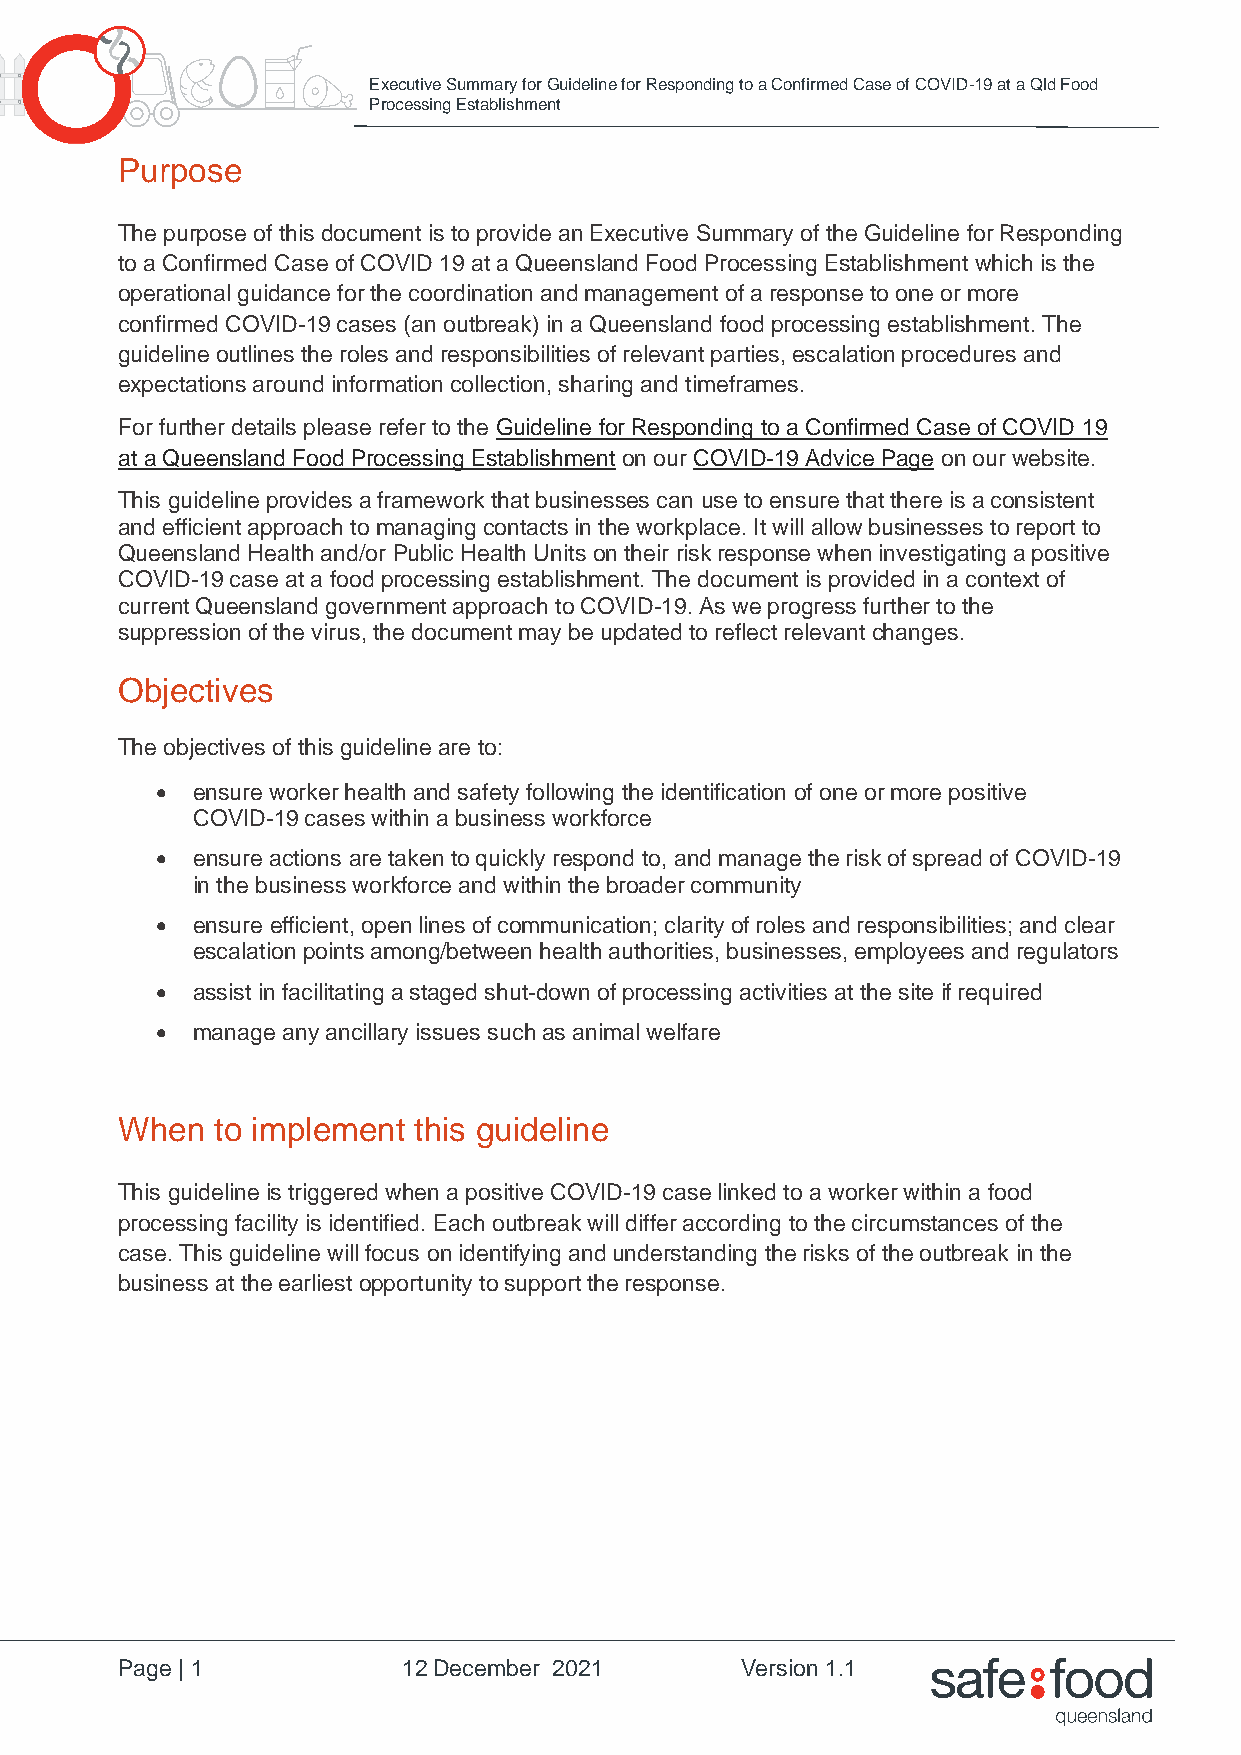
Executive Summary for Guideline for Responding to a Confirmed Case of COVID-19 at a Qld Food
 Processing Establishment
 Purpose
 The purpose of this document is to provide an Executive Summary of the Guideline for Responding
 to a Confirmed Case of COVID 19 at a Queensland Food Processing Establishment which is the
 operational guidance for the coordination and management of a response to one or more
 confirmed COVID-19 cases (an outbreak) in a Queensland food processing establishment. The
 guideline outlines the roles and responsibilities of relevant parties, escalation procedures and
 expectations around information collection, sharing and timeframes.
 For further details please refer to the Guideline for Responding to a Confirmed Case of COVID 19
 at a Queensland Food Processing Establishment on our COVID-19 Advice Page on our website.
 This guideline provides a framework that businesses can use to ensure that there is a consistent
 and efficient approach to managing contacts in the workplace. It will allow businesses to report to
 Queensland Health and/or Public Health Units on their risk response when investigating a positive
 COVID-19 case at a food processing establishment. The document is provided in a context of
 current Queensland government approach to COVID-19. As we progress further to the
 suppression of the virus, the document may be updated to reflect relevant changes.
 Objectives
 The objectives of this guideline are to:
 •  ensure worker health and safety following the identification of one or more positive
 COVID-19 cases within a business workforce
 •  ensure actions are taken to quickly respond to, and manage the risk of spread of COVID-19
 in the business workforce and within the broader community
 •  ensure efficient, open lines of communication; clarity of roles and responsibilities; and clear
 escalation points among/between health authorities, businesses, employees and regulators
 •  assist in facilitating a staged shut-down of processing activities at the site if required
 •  manage any ancillary issues such as animal welfare
 When  to implement this guideline
 This guideline is triggered when a positive COVID-19 case linked to a worker within a food
 processing facility is identified. Each outbreak will differ according to the circumstances of the
 case. This guideline will focus on identifying and understanding the risks of the outbreak in the
 business at the earliest opportunity to support the response.
 Page | 1           12 December 2021      Version 1.1